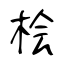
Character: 桧